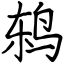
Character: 鸫